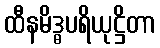
ထီနမိဒ္ဓပရိယုဋ္ဌိတာ